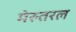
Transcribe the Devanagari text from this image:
मेरुतरल